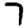
Digit: 7